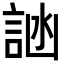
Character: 𬢩